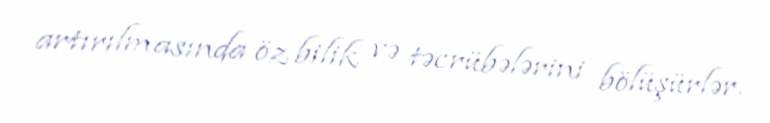
artırılmasında öz bilik və təcrübələrini bölüşürlər.